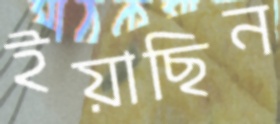
ইয়াছিন